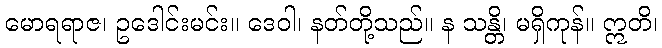
မောရရာဇ၊ ဥဒေါင်းမင်း။ ဒေဝါ၊ နတ်တို့သည်။ န သန္တိ၊ မရှိကုန်။ ဣတိ၊